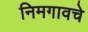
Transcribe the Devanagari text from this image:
निमगावचे